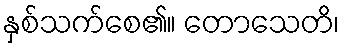
နှစ်သက်စေ၏။ တောသေတိ၊